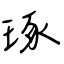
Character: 琢